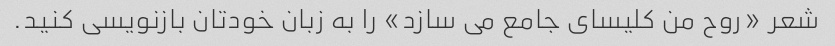
شعر «روح من کلیسای جامع می سازد» را به زبان خودتان بازنویسی کنید.